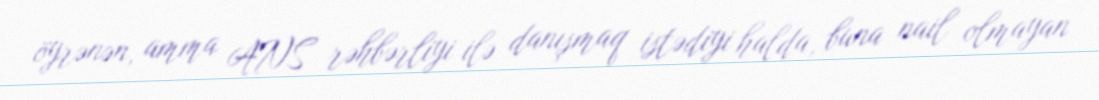
öyrənən, amma ANS rəhbərliyi ilə danışmaq istədiyi halda, buna nail olmayan